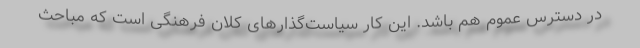
در دسترس عموم هم باشد. این کار سیاست‌گذار‌های کلان فرهنگی است که مباحث